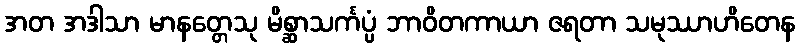
အတ အဒါသာ မာနတ္တေသု မိစ္ဆာသင်္ကပ္ပံ ဘာဝိတကာယာ ဇရတာ သမုဿာဟိတေန